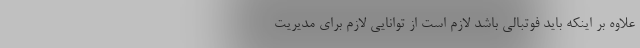
علاوه بر اینکه باید فوتبالی باشد لازم است از توانایی لازم برای مدیریت